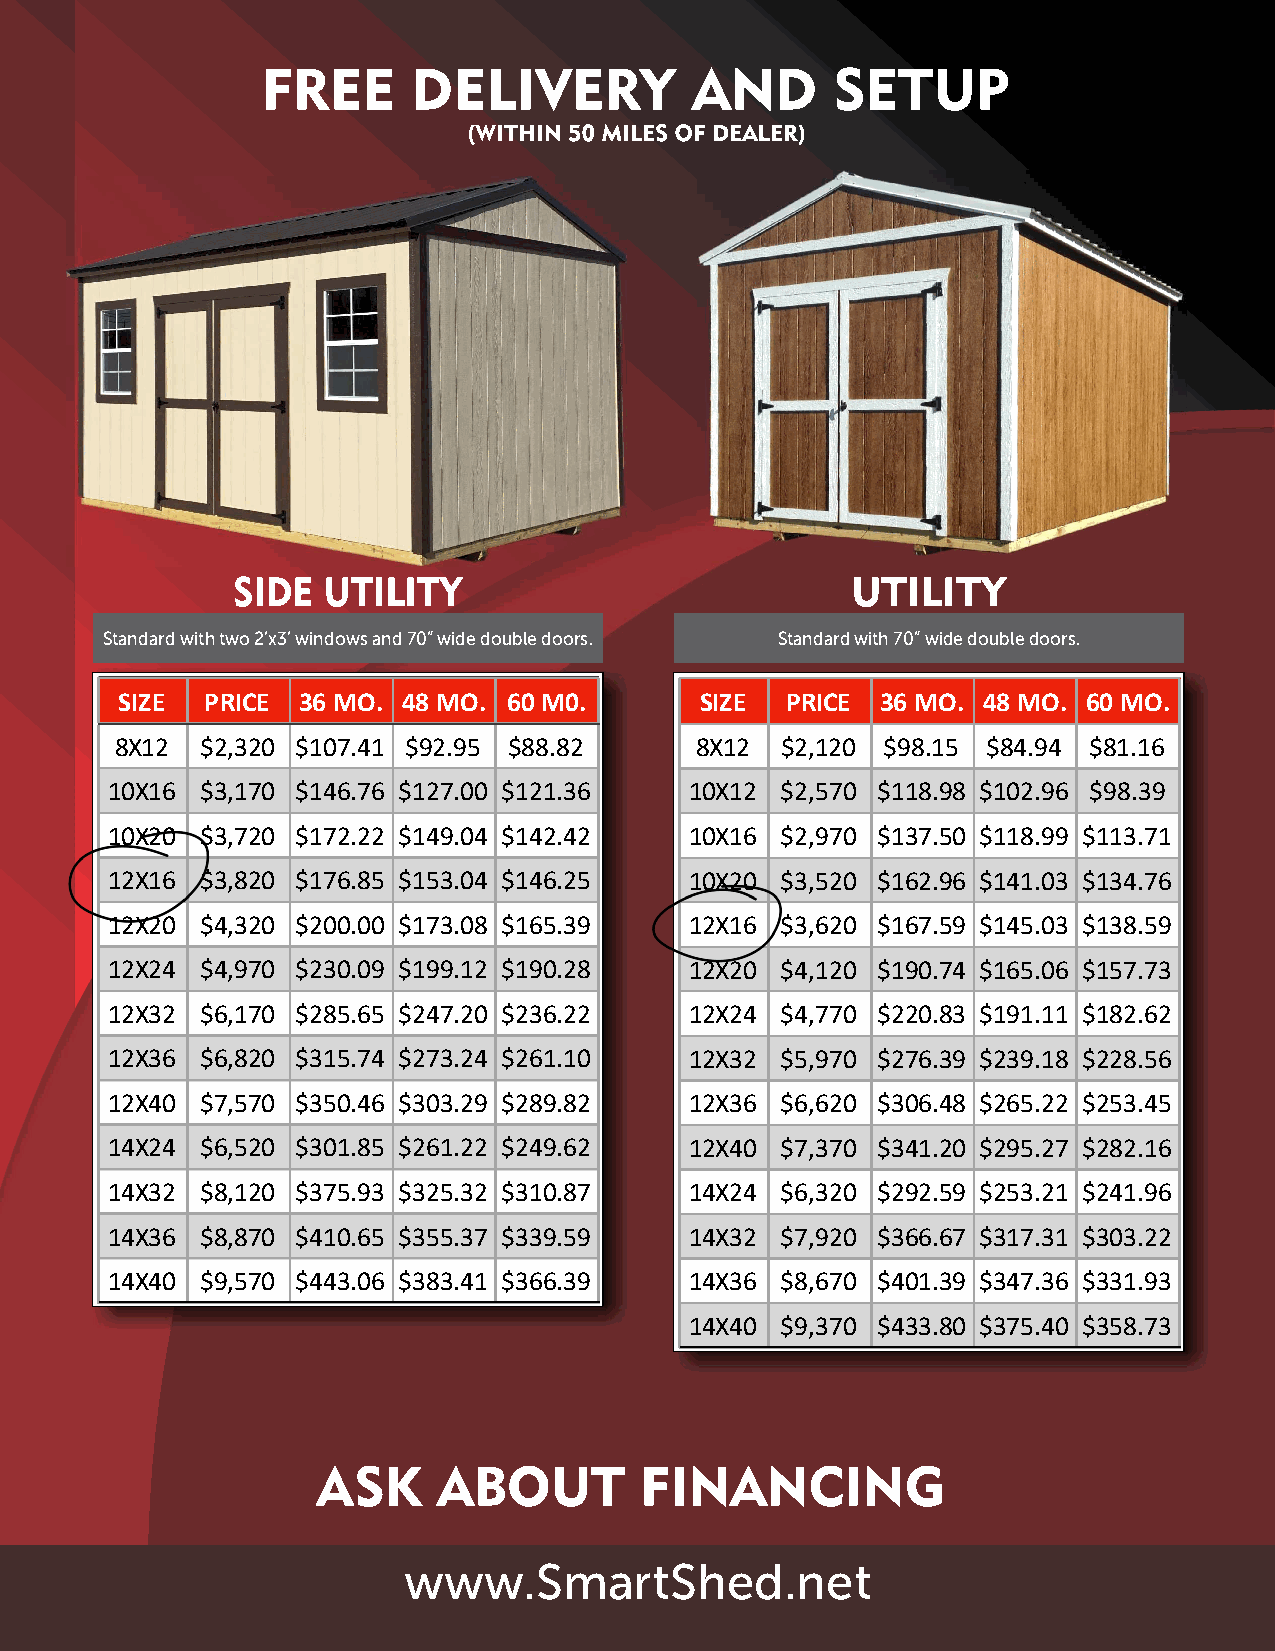
Standard with two 2’x3’ windows and 70” wide double doors. Standard with 70” wide double doors.
 SIZE  PRICE 36 MO. 48 MO. 60 M0.      SIZE  PRICE 36 MO. 48 MO. 60 MO.
 8X12 $2,320 $107.41 $92.95 $88.82     8X12  $2,120 $98.15 $84.94 $81.16
 10X16 $3,170 $146.76 $127.00 $121.36   10X12 $2,570 $118.98 $102.96 $98.39
 10X20 $3,720 $172.22 $149.04 $142.42   10X16 $2,970 $137.50 $118.99 $113.71
 12X16 $3,820 $176.85 $153.04 $146.25   10X20 $3,520 $162.96 $141.03 $134.76
 12X20 $4,320 $200.00 $173.08 $165.39   12X16 $3,620 $167.59 $145.03 $138.59
 12X24 $4,970 $230.09 $199.12 $190.28   12X20 $4,120 $190.74 $165.06 $157.73
 12X32 $6,170 $285.65 $247.20 $236.22   12X24 $4,770 $220.83 $191.11 $182.62
 12X36 $6,820 $315.74 $273.24 $261.10   12X32 $5,970 $276.39 $239.18 $228.56
 12X40 $7,570 $350.46 $303.29 $289.82   12X36 $6,620 $306.48 $265.22 $253.45
 14X24 $6,520 $301.85 $261.22 $249.62   12X40 $7,370 $341.20 $295.27 $282.16
 14X32 $8,120 $375.93 $325.32 $310.87   14X24 $6,320 $292.59 $253.21 $241.96
 14X36 $8,870 $410.65 $355.37 $339.59   14X32 $7,920 $366.67 $317.31 $303.22
 14X40 $9,570 $443.06 $383.41 $366.39   14X36 $8,670 $401.39 $347.36 $331.93
 14X40 $9,370 $433.80 $375.40 $358.73
 www.SmartShed.net